system: You are a helpful assistant.
user:
Analyze the provided spectrum to determine if it is a **S-type Star**.

- **Key Indicators for S-type Star:**

    - **(Overall Spectrum Shape):** The first and most obvious characteristic is the overall continuum (the "baseline" shape). It is **extremely "red-sloping,"** meaning the flux (light intensity) is very low on the left side (blue, ~4000-4500 Å) and rises steeply and continuously toward the right side (red, ~7000 Å+).

    - **(Primary):** The spectrum is defined by the presence of strong, broad molecular absorption "valleys" (bands) from **Zirconium Oxide (ZrO)**. The identification of these bands is the **primary requirement** for classifying a star as S-type.
        - **(Key Bandheads):** You must find distinct, deep "dips" where the light has been absorbed. The most critical band systems to locate are:
            - **~6474 Å** ($\gamma$-system): This is often the strongest and clearest ZrO feature, found in the red part of the spectrum.
            - **~5718 Å** & **~5551 Å** ($\beta$-system): A pair of prominent absorption features in the yellow-orange part of the spectrum.
            - **~4640 Å** ($\alpha$-system): A key absorption band system in the blue-green region of the spectrum.

    - **(Secondary Confirmation):** The classification is strengthened by finding additional absorption bands from other related heavy element oxides, which are expected to be present alongside ZrO.
        - **(Key Bandheads):**
            - **Yttrium Oxide (YO):** Look for absorption dips near **~4800 Å** and **~6100 Å**.
            - **Lanthanum Oxide (LaO):** Additional absorption features, particularly in the red-orange part of the spectrum, are also characteristic.

    - **(Line Profile):** The combination of the steep red continuum and these numerous, deep molecular bands (ZrO, YO, etc.) gives the entire spectrum a very **"chopped-up"** or **"bumpy"** appearance. Instead of a smooth curve, the spectrum looks as though large, wide chunks of light have been "carved out" of it at the specific wavelengths listed above.

Think first, call **spectral_visualization_tool** if needed to examine features in detail, then provide your final answer. Your response must adhere to the following strict rules:
1.  **Overall Structure:** Your response must follow the format `<think>...</think> <tool_call>...</tool_call> (if a tool is used) <answer>...</answer>`.
2.  **Tool Usage Constraint:** You may only make **one** tool call per turn.
3.  **Final Answer Format:** In the `<answer>` tag, your conclusion must be inside a `\boxed{}` command (e.g., `\boxed{YES}` or `\boxed{NO}`), followed by your justification.

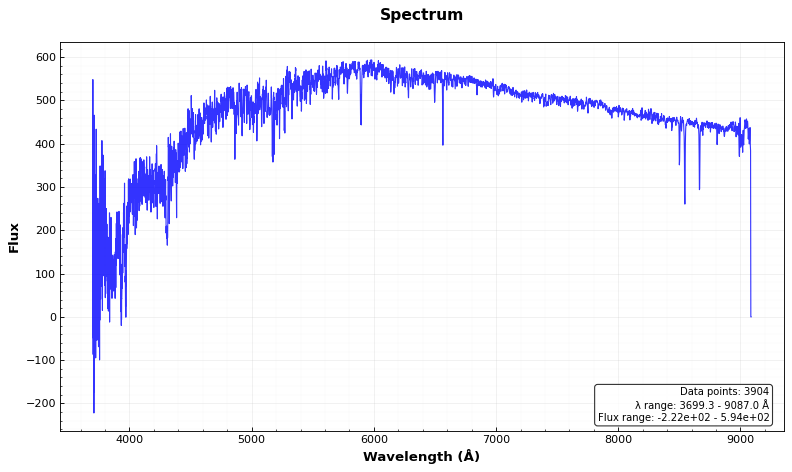
Answer: NO